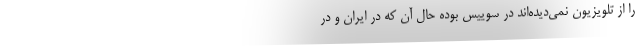
را از تلویزیون نمی‌دیده‌اند در سوییس بوده حال آن که در ایران و در